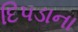
દિપડાના